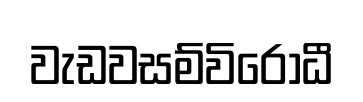
වැඩවසම්විරෝධී